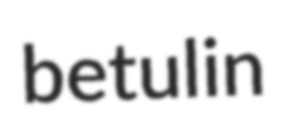
betulin